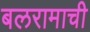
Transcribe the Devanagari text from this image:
बलरामाची